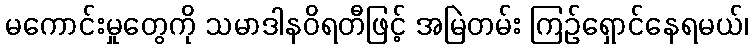
မကောင်းမှုတွေကို သမာဒါနဝိရတီဖြင့် အမြဲတမ်း ကြဉ်ရှောင်နေရမယ်၊